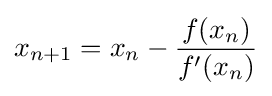
x_{n+1}=x_{n}-{\frac {f(x_{n})}{f'(x_{n})}}